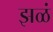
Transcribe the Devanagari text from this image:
झळं